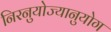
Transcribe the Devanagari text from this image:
निरनुयोज्यानुयोग